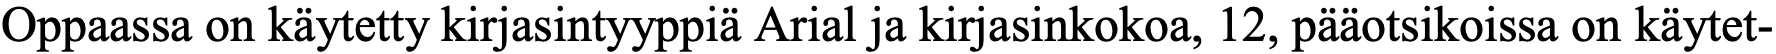
Oppaassa on käytetty kirjasintyyppiä Arial ja kirjasinkokoa, 12, pääotsikoissa on käytet-